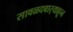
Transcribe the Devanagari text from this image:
सावळदबार्‍याहून